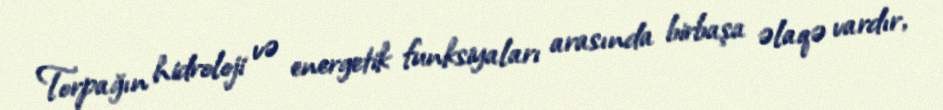
Torpağın hidroloji və energetik funksiyaları arasında birbaşa əlaqə vardır,